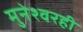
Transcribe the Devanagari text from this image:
मुनेश्वरही